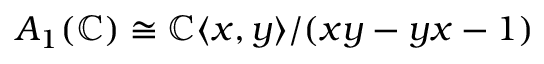
A _ { 1 } ( \mathbb { C } ) \cong \mathbb { C } \langle x , y \rangle / ( x y - y x - 1 )